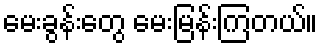
မေးခွန်းတွေ မေးမြန်းကြတယ်။